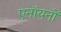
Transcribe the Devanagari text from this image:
एनॉयनों